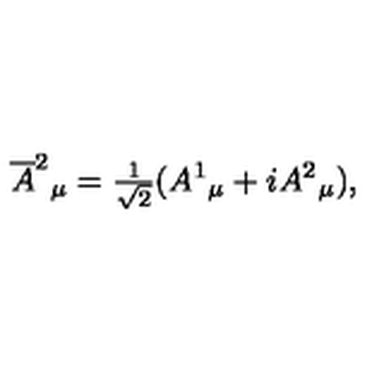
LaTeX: \overline { { A } } ^ { 2 } { } _ { \mu } = { \textstyle { \frac { 1 } { \sqrt { 2 } } } } ( A ^ { 1 } { } _ { \mu } + i A ^ { 2 } { } _ { \mu } ) ,